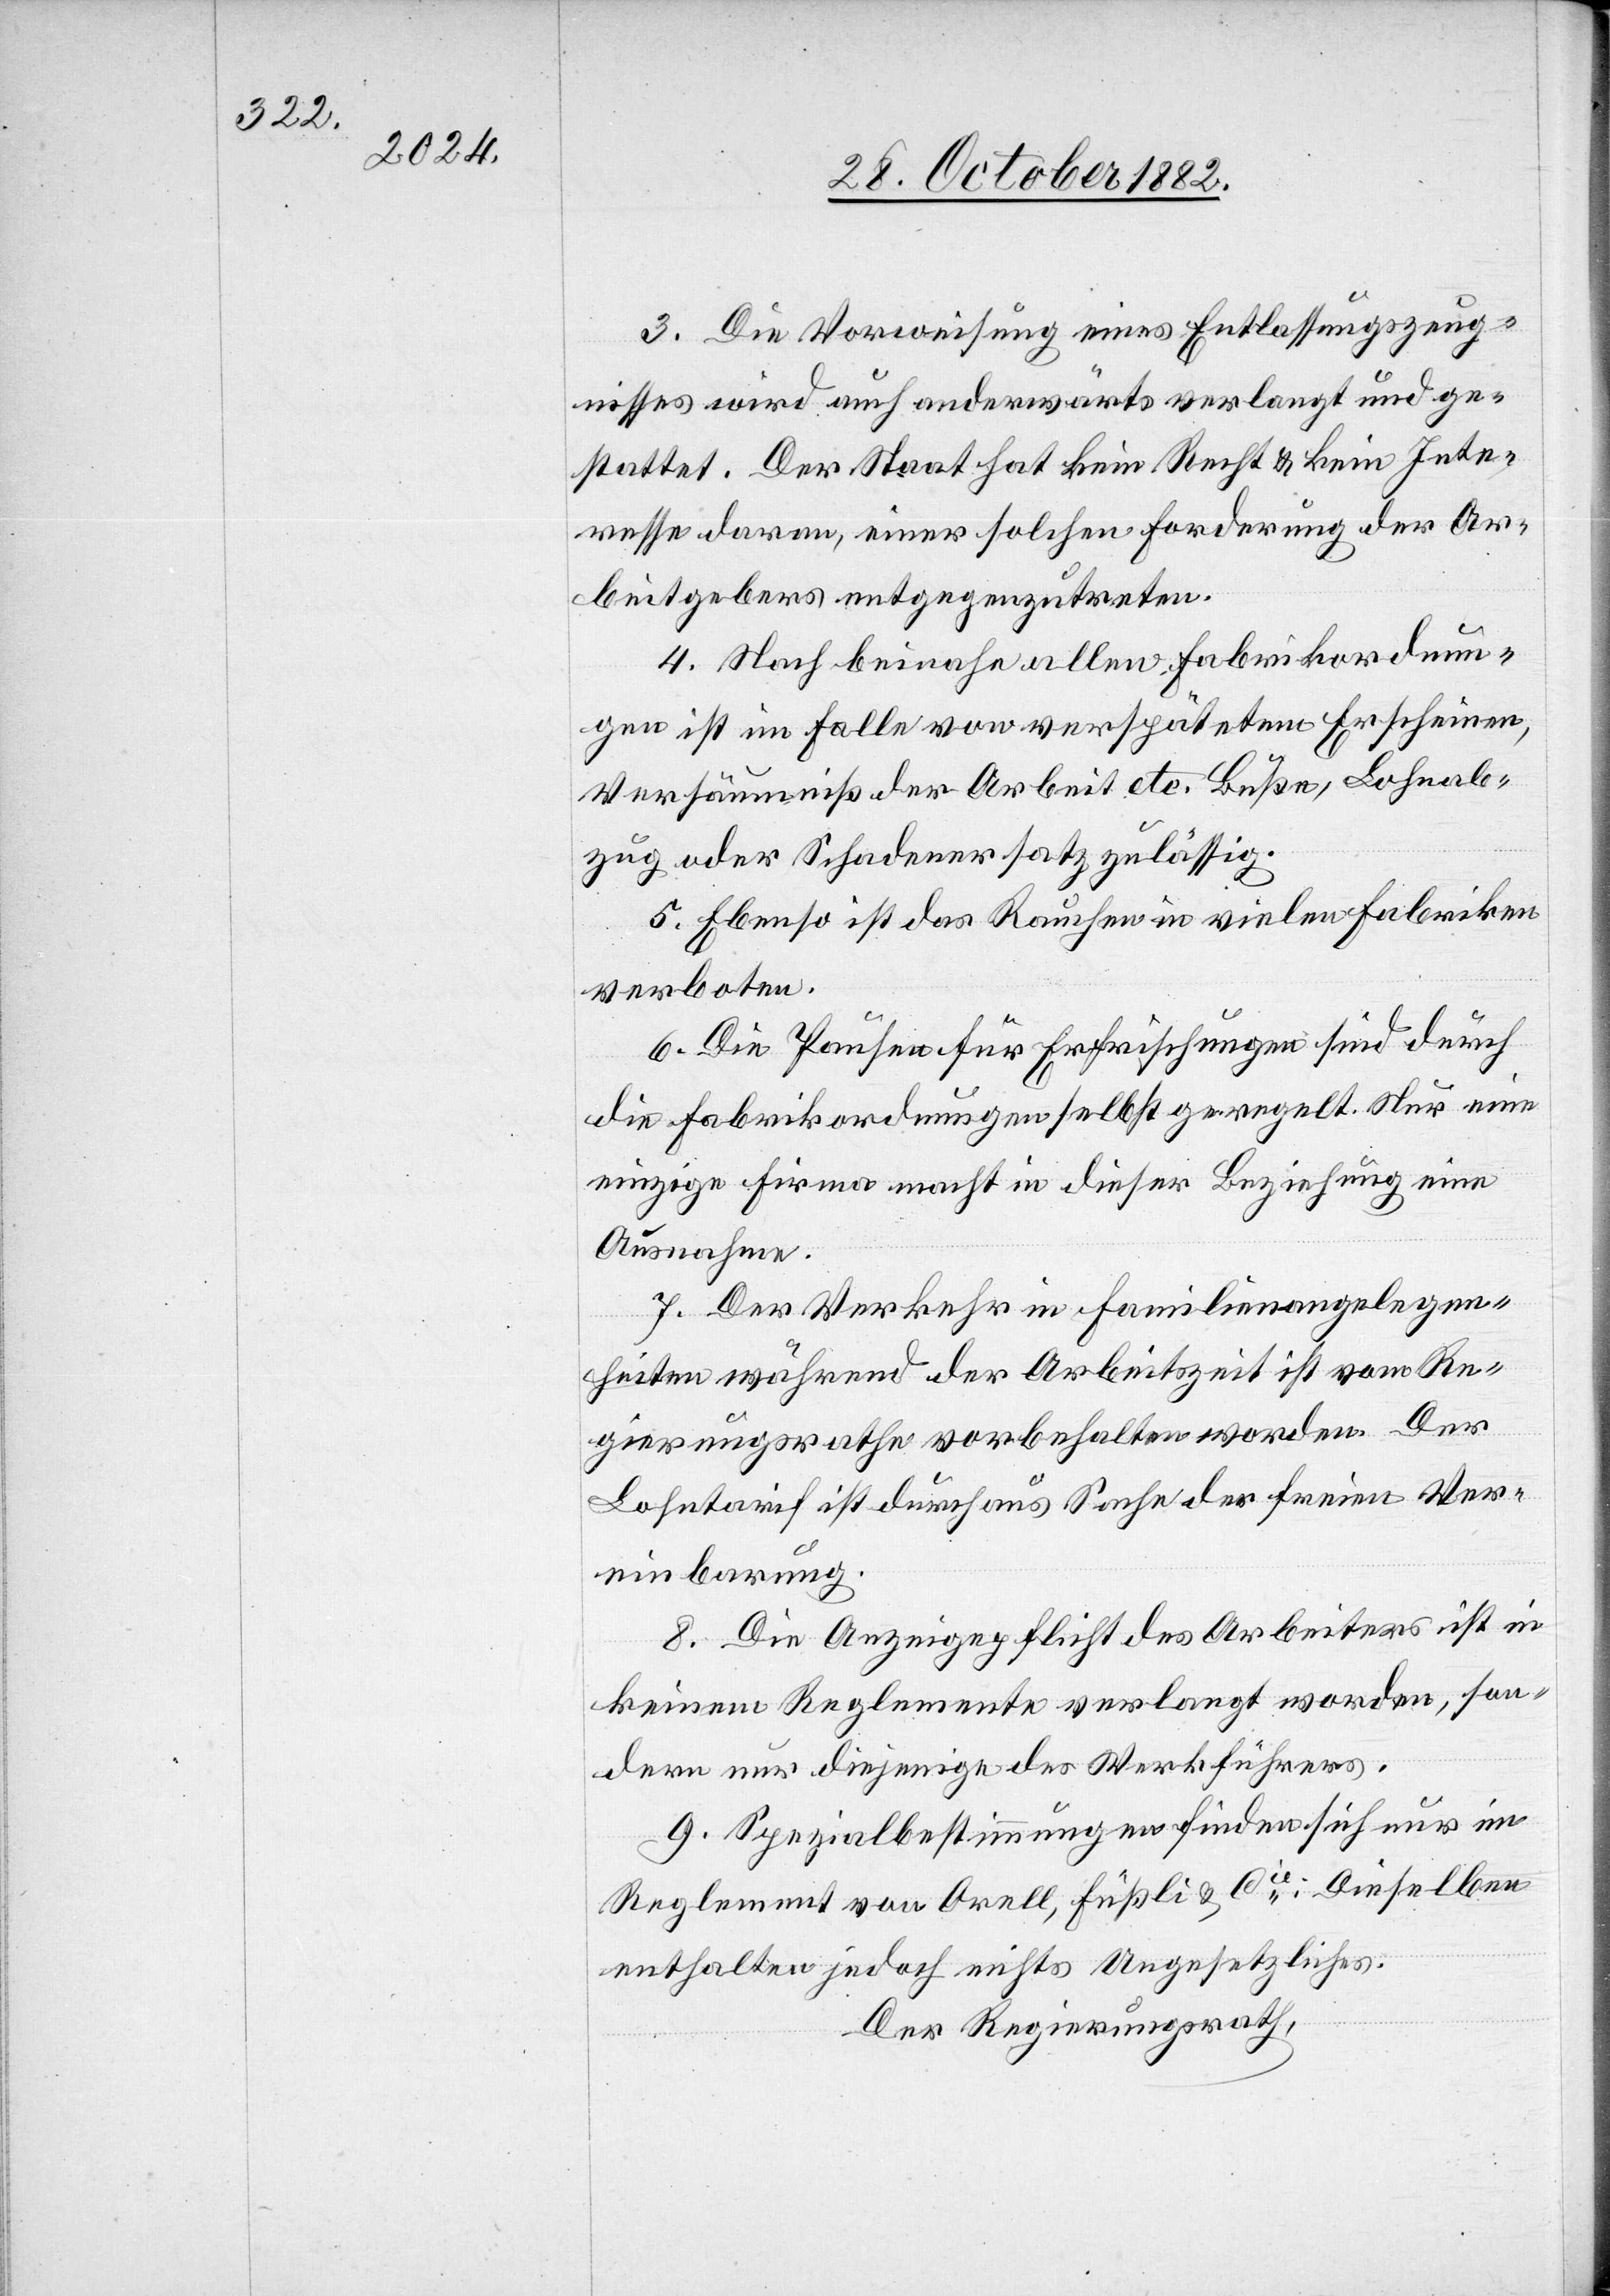
3. Die Vorweisung eines Entlassungszeug¬
nisses wird auch anderwärts verlangt und ge¬
stattet. Der Staat hat kein Recht & kein Inte¬
resse daran, einer solchen Forderung des Ar¬
beitgebers entgegenzutreten.
4. Nach beinahe allen Fabrikordnun¬
gen ist im Falle von verspätetem Erscheinen,
Versäumniß der Arbeit etc. Buße, Lohnab¬
zug oder Schadenersatz zulässig.
5. Ebenso ist das Rauchen in vielen Fabriken
verboten.
6. Die Pausen für Erfrischungen sind durch
die Fabrikordnungen selbst geregelt. Nur eine
einzige Firma macht in dieser Beziehung eine
Ausnahme.
7. Der Verkehr in Familienangelegen¬
heiten während der Arbeitszeit ist vom Re¬
gierungsrathe vorbehalten worden. Der
Lohntarif ist durchaus Sache der freien Ver¬
einbarung.
8. Die Anzeigepflicht des Arbeiters ist in
keinem Reglemente verlangt worden, son¬
dern nur diejenige des Werkführers.
9. Spezialbestimmungen finden sich nur im
Reglement von Orell, Füßli & Cie. Dieselben
enthalten jedoch nichts Ungesetzliches.
Der Regierungsrath,